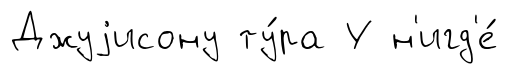
Джуjисону ту́ра У н'игд'е́